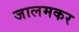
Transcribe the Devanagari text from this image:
जालमकर